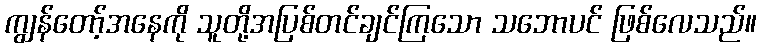
ကျွန်တော့်အနေကို သူတို့အပြစ်တင်ချင်ကြသော သဘောပင် ဖြစ်လေသည်။